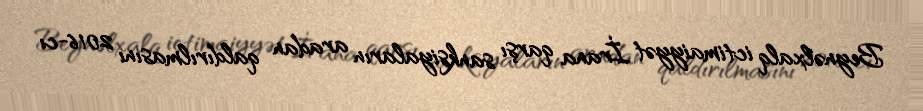
Beynəlxalq ictimaiyyət İrana qarşı sanksiyaların aradan qaldırılmasını 2016-cı